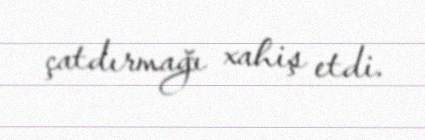
çatdırmağı xahiş etdi.